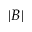
| B |